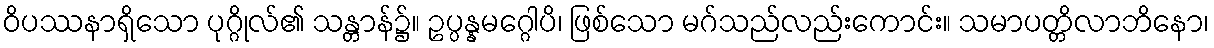
ဝိပဿနာရှိသော ပုဂ္ဂိုလ်၏ သန္တာန်၌။ ဥပ္ပန္နမဂ္ဂေါပိ၊ ဖြစ်သော မဂ်သည်လည်းကောင်း။ သမာပတ္တိလာဘိနော၊